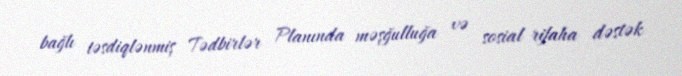
bağlı təsdiqlənmiş Tədbirlər Planında məşğulluğa və sosial rifaha dəstək